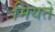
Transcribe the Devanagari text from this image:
मियते